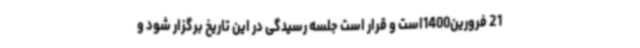
21 فرورین1400است و قرار است جلسه رسیدگی در این تاریخ برگزار شود و